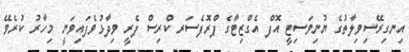
އިނގިރޭސިވިލާތުގެ ޔުނިވަސިޓީ އޮފް އެގްޒިޓާގެ ޕްރޮފެސަރ ކްރިސް ޕެރީ ވިދާޅުވެފައިވަނީ މިހާރު ކުރެވޭ